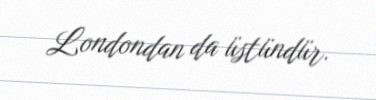
Londondan da üstündür.